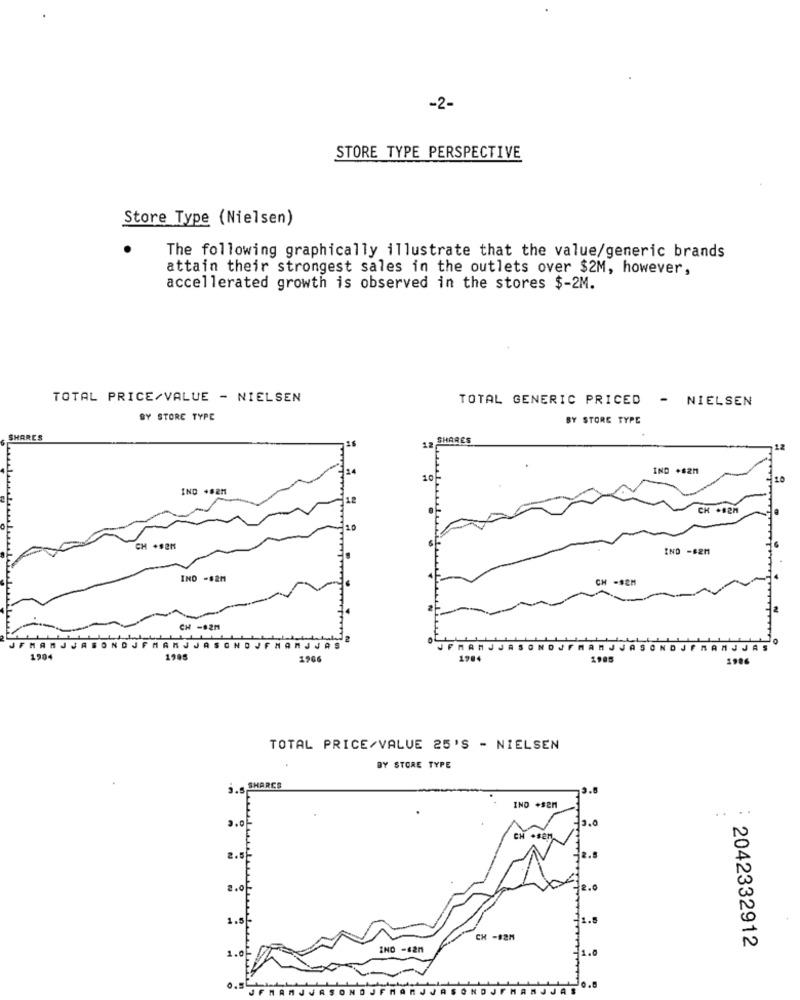
-2-
STORE TYPE PERSPECTIVE
Store Type (Nielsen)
The following graphically illustrate that the value/generic brands
attain their strongest sales in the outlets over $2M, however,
accellerated growth is observed in the stores $-2M.
TOTAL PRICE/VALUE - NIELSEN
TOTAL GENERIC PRICED - NIELSEN
BY STORE TYPE
BY STORE TYPE
SHARES
SHARES
IND +$2M
10
IND +82M
CH ·B2H
CH +#2H
IND -82M
IND -82M
CH -#2M
CH -82M
NDJFMAMJJASONDJ
FHARJJAS
FMAMJJAS
1904
1985
1966
1984
1985
1986
TOTAL PRICE/VALUE 25'S - NIELSEN
BY STORE TYPE
. S SHARES
IND +sen
....
2.0
CH +SEM
CH -92M
IND -$2M
2042332912